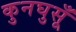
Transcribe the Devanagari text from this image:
कुनघुसूँ